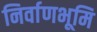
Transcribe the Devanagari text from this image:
निर्वाणभूमि